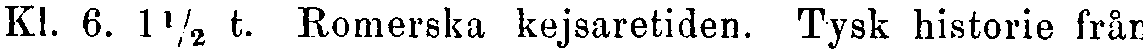
Kl. 6. 1½ t. Romerska kejsaretiden. Tysk historie från